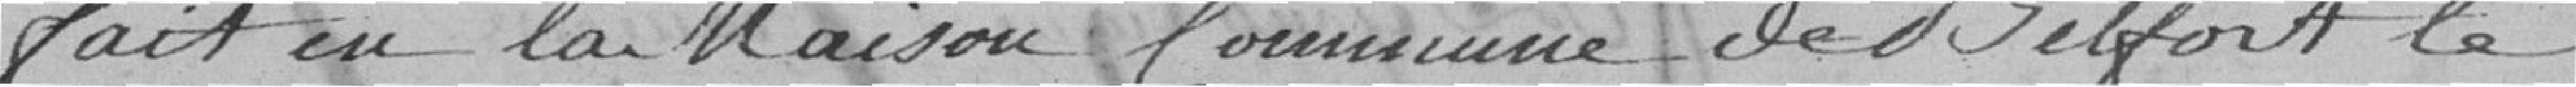
Fait en la Maison Commune de Belfort le